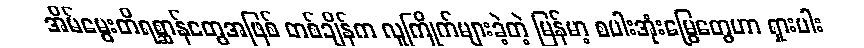
အိမ်မွေးတိရစ္ဆာန်တွေအဖြစ် တစ်ချိန်က လူကြိုက်များခဲ့တဲ့ မြန်မာ့ စပါးအုံးမြွေတွေဟာ ရှားပါး